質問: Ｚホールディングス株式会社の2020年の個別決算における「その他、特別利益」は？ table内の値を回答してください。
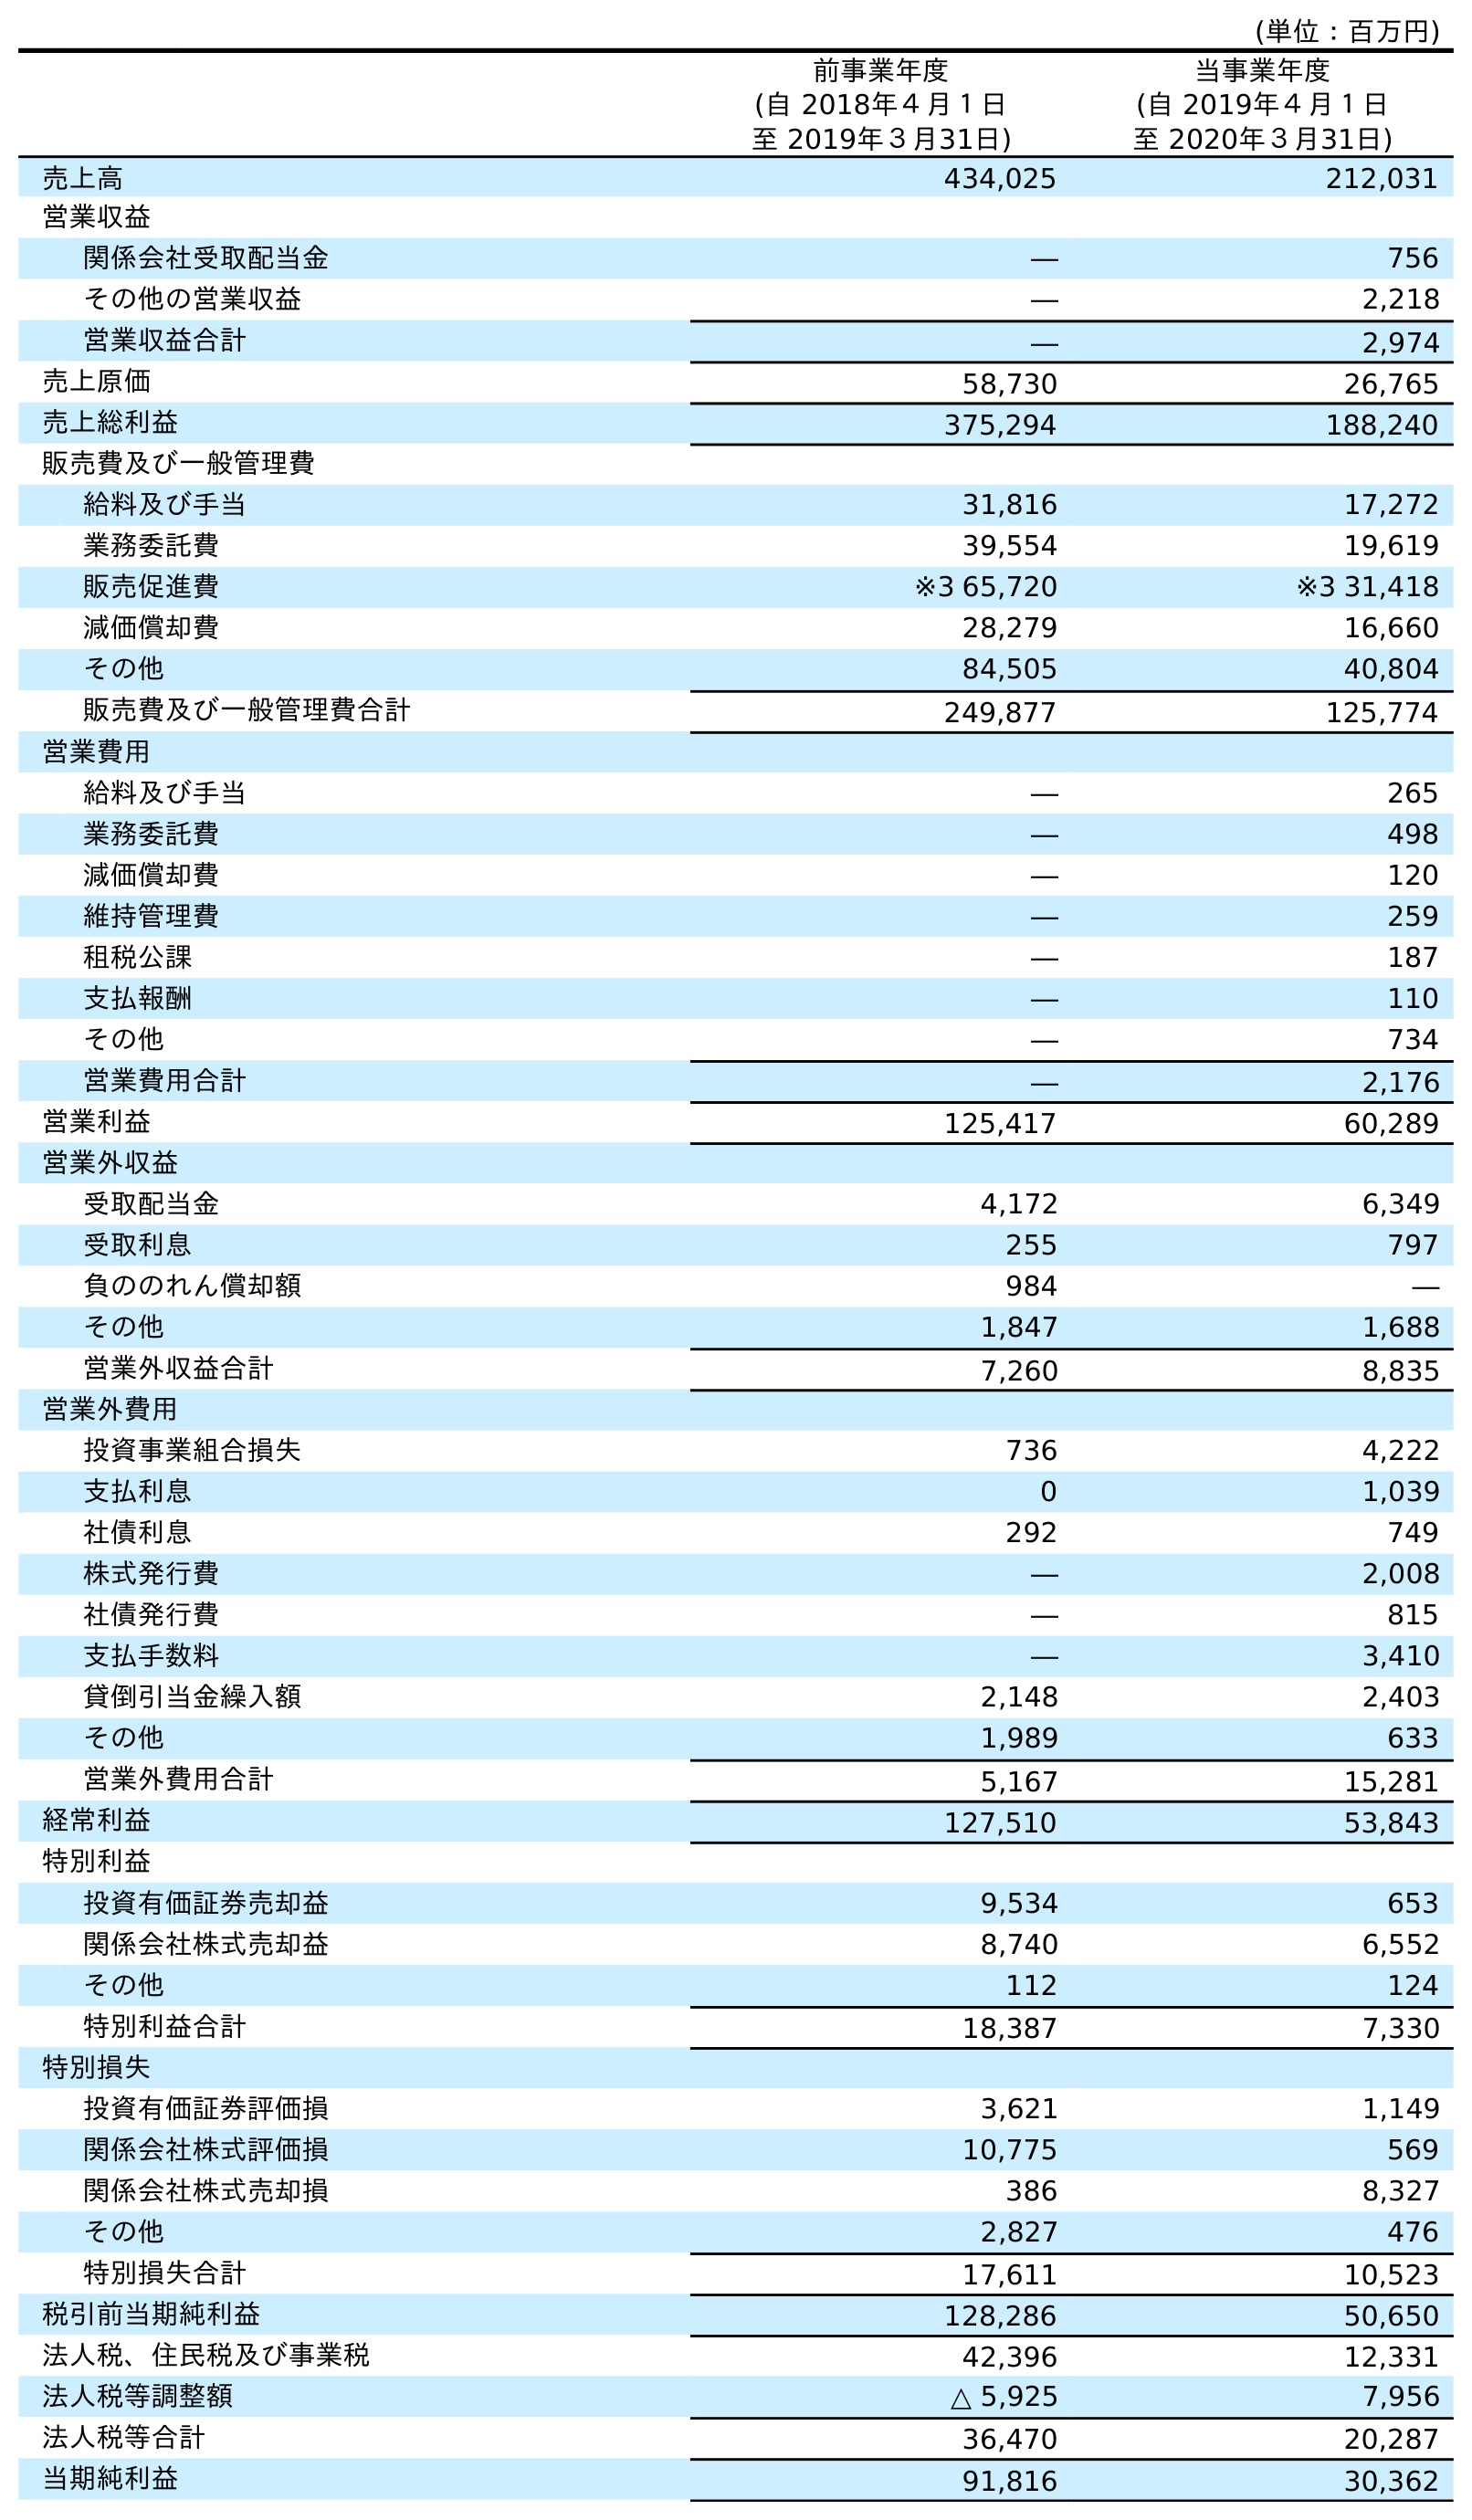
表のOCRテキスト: (単位：百万円) 前事業年度 (自 2018年４月１日 至 2019年３月31日) 当事業年度 (自 2019年４月１日 至 2020年３月31日) 売上高 434,025 212,031 営業収益 関係会社受取配当金 ― 756 その他の営業収益 ― 2,218 営業収益合計 ― 2,974 売上原価 58,730 26,765 売上総利益 375,294 188,240 販売費及び一般管理費 給料及び手当 31,816 17,272 業務委託費 39,554 19,619 販売促進費 ※3 65,720 ※3 31,418 減価償却費 28,279 16,660 その他 84,505 40,804 販売費及び一般管理費合計 249,877 125,774 営業費用 給料及び手当 ― 265 業務委託費 ― 498 減価償却費 ― 120 維持管理費 ― 259 租税公課 ― 187 支払報酬 ― 110 その他 ― 734 営業費用合計 ― 2,176 営業利益 125,417 60,289 営業外収益 受取配当金 4,172 6,349 受取利息 255 797 負ののれん償却額 984 ― その他 1,847 1,688 営業外収益合計 7,260 8,835 営業外費用 投資事業組合損失 736 4,222 支払利息 0 1,039 社債利息 292 749 株式発行費 ― 2,008 社債発行費 ― 815 支払手数料 ― 3,410 貸倒引当金繰入額 2,148 2,403 その他 1,989 633 営業外費用合計 5,167 15,281 経常利益 127,510 53,843 特別利益 投資有価証券売却益 9,534 653 関係会社株式売却益 8,740 6,552 その他 112 124 特別利益合計 18,387 7,330 特別損失 投資有価証券評価損 3,621 1,149 関係会社株式評価損 10,775 569 関係会社株式売却損 386 8,327 その他 2,827 476 特別損失合計 17,611 10,523 税引前当期純利益 128,286 50,650 法人税、住民税及び事業税 42,396 12,331 法人税等調整額 △ 5,925 7,956 法人税等合計 36,470 20,287 当期純利益 91,816 30,362
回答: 124